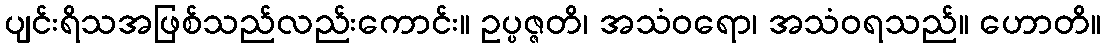
ပျင်းရိသအဖြစ်သည်လည်းကောင်း။ ဥပ္ပဇ္ဇတိ၊ အသံဝရော၊ အသံဝရသည်။ ဟောတိ။